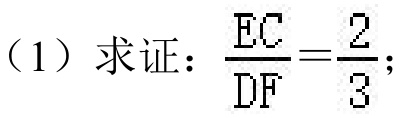
（1）求证：\(\frac{EC}{DF}=\frac{2}{3}\)；